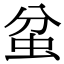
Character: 蚠